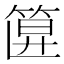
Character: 𥮞